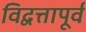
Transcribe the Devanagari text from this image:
विद्वत्तापूर्व